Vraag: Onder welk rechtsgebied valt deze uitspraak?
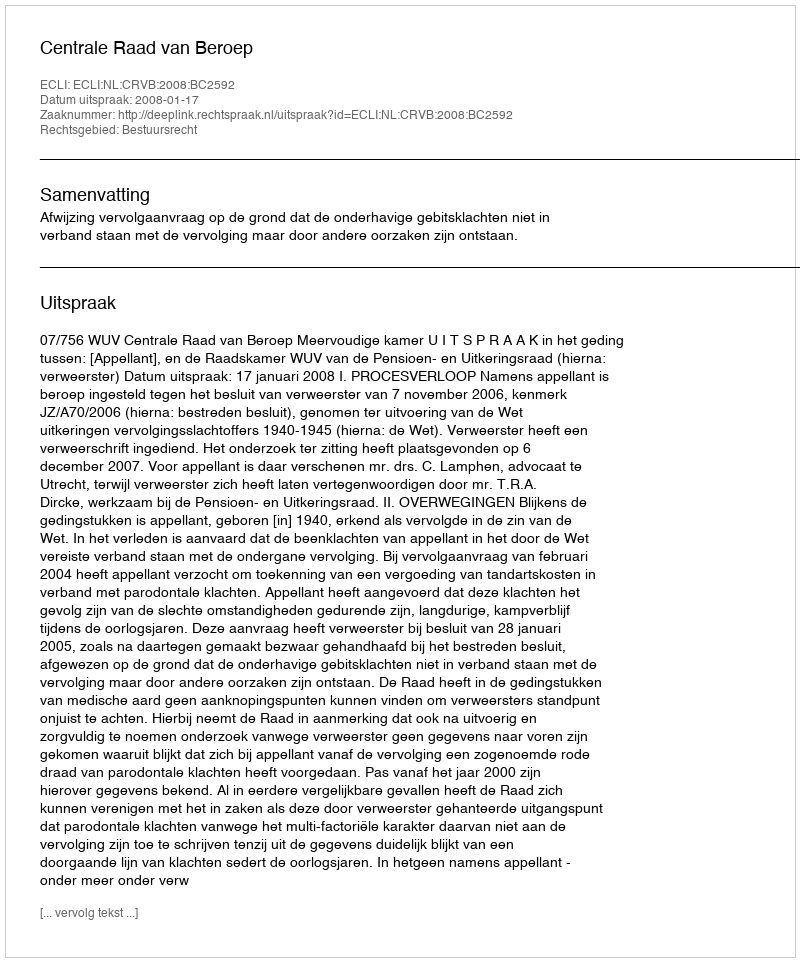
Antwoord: Bestuursrecht